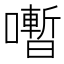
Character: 𡃞